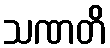
သဏတိ